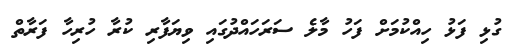
ގުޅި ފަޅު ހިއްކުމަށް ފަހު މާލެ ސަރަހައްދުގައި ވިޔަފާރި ކުރާ ހުރިހާ ފަރާތް